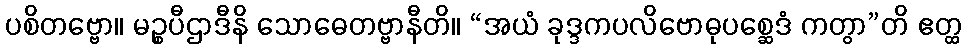
ပစိတဗ္ဗော။ မဉ္စပီဌာဒီနိ သောဓေတဗ္ဗာနီတိ။ “အယံ ခုဒ္ဒကပလိဗောဓုပစ္ဆေဒံ ကတွာ”တိ ဧတ္ထ